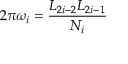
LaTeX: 2 \pi \omega _ { i } = \frac { L _ { 2 i - 2 } L _ { 2 i - 1 } } { N _ { i } }